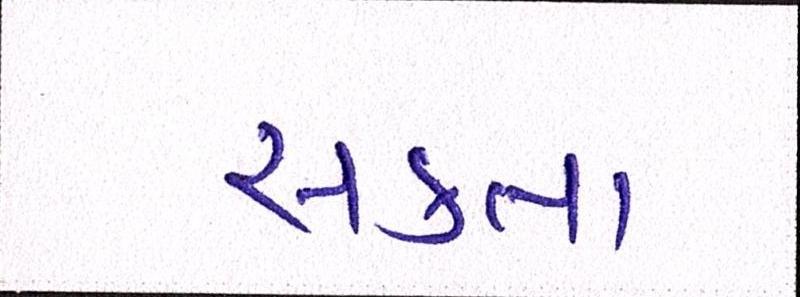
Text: સકતા